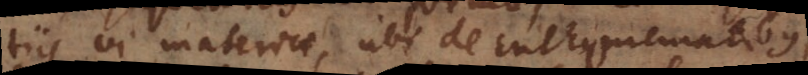
tiis vi materiae, ubi de Enthymematibus,